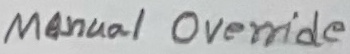
Text: Manual Override